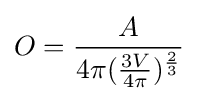
O={\frac {A}{4\pi ({\frac {3V}{4\pi }})^{\frac {2}{3}}}}